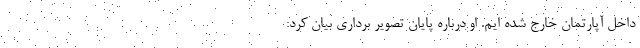
داخل آپارتمان خارج شده ایم. او درباره پایان تصویر برداری بیان کرد: